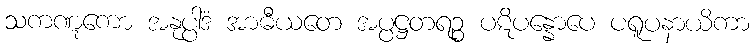
သကဏ္ဋကော အနုပ္ပါဒံ အာဓီယတေ အပ္ပဋ္ဌတရဉ္စ ပဋိပန္နောပေ ပရူပနာယိကာ